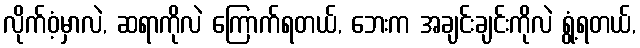
လိုက်ဝံ့မှာလဲ, ဆရာကိုလဲ ကြောက်ရတယ်, ဘေးက အချင်းချင်းကိုလဲ ရွံ့ရတယ်,